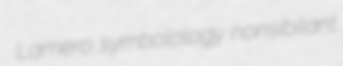
Lamero symbolology nonsibilant